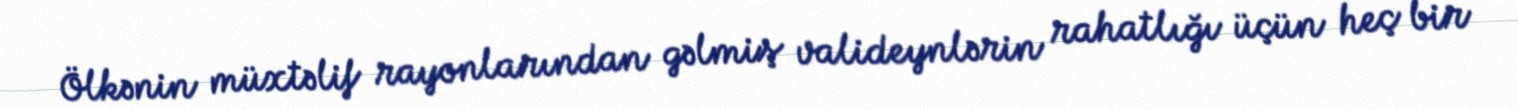
Ölkənin müxtəlif rayonlarından gəlmiş valideynlərin rahatlığı üçün heç bir